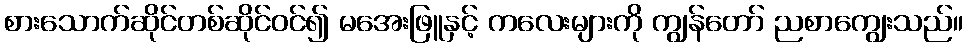
စားသောက်ဆိုင်တစ်ဆိုင်ဝင်၍ မအေးဖြူနှင့် ကလေးများကို ကျွန်တော် ညစာကျွေးသည်။